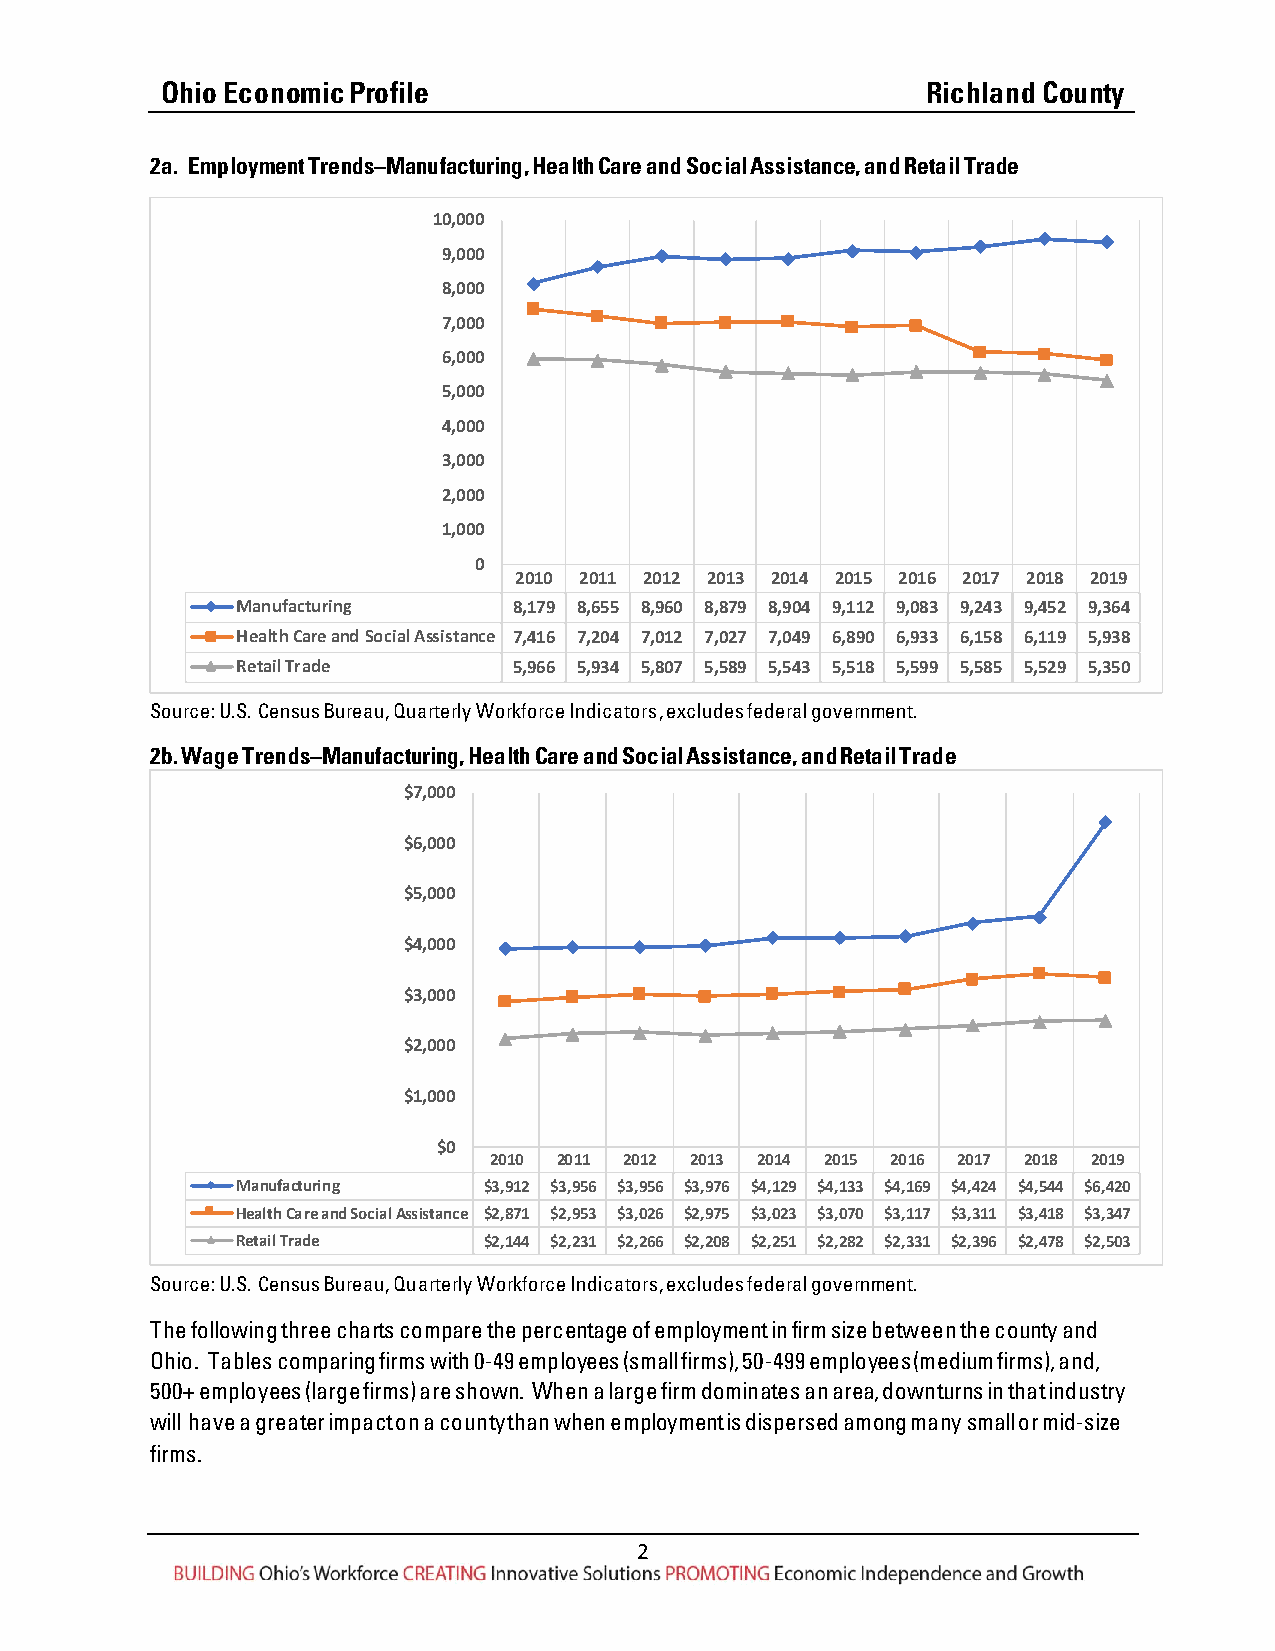
Ohio Economic Profile                             Richland County
 2a. Employment Trends–Manufacturing, Health Care and Social Assistance, and Retail Trade
 10,000
 9,000
 8,000
 7,000
 6,000
 5,000
 4,000
 3,000
 2,000
 1,000
 0
 2010 2011 2012 2013 2014 2015 2016 2017 2018 2019
 Manufacturing     8,179 8,655 8,960 8,879 8,904 9,112 9,083 9,243 9,452 9,364
 Health Care and Social Assistance 7,416 7,204 7,012 7,027 7,049 6,890 6,933 6,158 6,119 5,938
 Retail Trade      5,966 5,934 5,807 5,589 5,543 5,518 5,599 5,585 5,529 5,350
 Source: U.S. Census Bureau, Quarterly Workforce Indicators, excludes federal government.
 2b. Wage Trends–Manufacturing, Health Care and Social Assistance, and Retail Trade
 $7,000
 $6,000
 $5,000
 $4,000
 $3,000
 $2,000
 $1,000
 $0
 2010 2011 2012 2013 2014 2015 2016 2017 2018 2019
 Manufacturing   $3,912 $3,956 $3,956 $3,976 $4,129 $4,133 $4,169 $4,424 $4,544 $6,420
 Health Care and Social Assistance $2,871 $2,953 $3,026 $2,975 $3,023 $3,070 $3,117 $3,311 $3,418 $3,347
 Retail Trade    $2,144 $2,231 $2,266 $2,208 $2,251 $2,282 $2,331 $2,396 $2,478 $2,503
 Source: U.S. Census Bureau, Quarterly Workforce Indicators, excludes federal government.
 The following three charts compare the percentage of employment in firm size between the county and
 Ohio. Tables comparing firms with 0-49 employees (small firms), 50-499 employees (medium firms), and,
 500+ employees (large firms) are shown. When a large firm dominates an area, downturns in that industry
 will have a greater impact on a county than when employment is dispersed among many small or mid-size
 firms.
 2